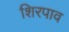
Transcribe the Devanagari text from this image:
शिरपाव